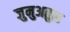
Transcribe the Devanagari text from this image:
जुमुअतुल